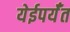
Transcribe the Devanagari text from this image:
येईपर्यँत